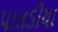
પાતડીયા